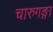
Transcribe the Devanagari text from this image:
चारुगङ्गा